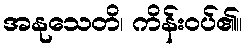
အနုသေတိ၊ ကိန်းဝပ်၏။